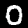
Label: 0